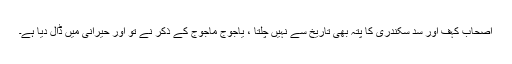
اصحاب کہف اور سد سکندری کا پتہ بھی تاریخ سے نہیں چلتا ، یاجوج ماجوج کے ذکر نے تو اور حیرانی میں ڈال دیا ہے۔